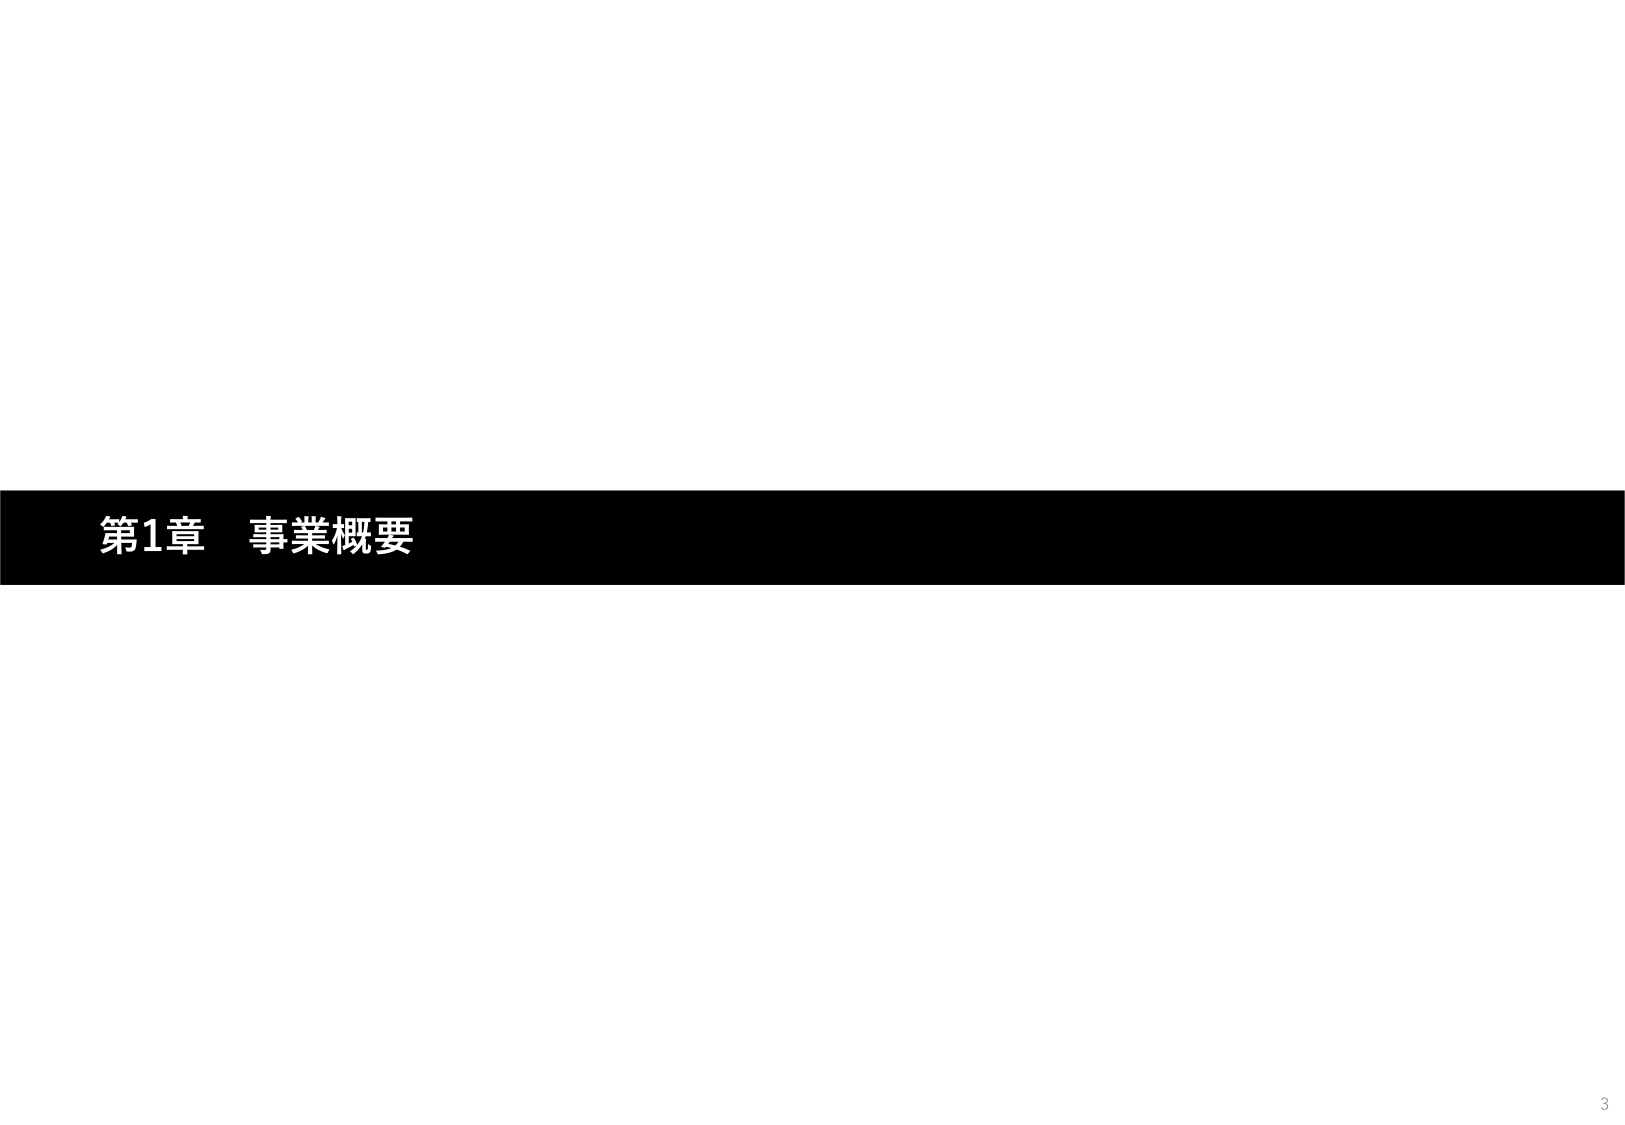
第1章 事業概要
3